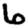
Digit: 6